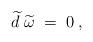
LaTeX: \begin{align*}\widetilde{d}\;\widetilde{\omega }\;=\;0\;, \end{align*}